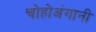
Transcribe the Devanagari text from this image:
चोहोअंगानी